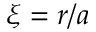
\xi = r / a